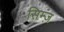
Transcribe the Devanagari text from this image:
सिम्ज़